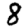
Digit: 8